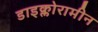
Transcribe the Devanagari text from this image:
डाइक्लोरामीन